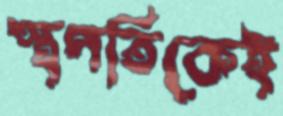
স্থপতিকেই